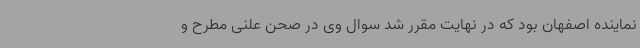
نماینده اصفهان بود که در نهایت مقرر شد سوال وی در صحن علنی مطرح و